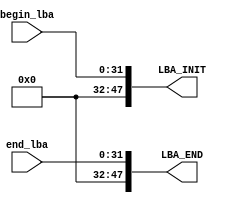
module LBA_SET(
	input   [31:0]	begin_lba,
	input   [31:0]	end_lba,
	output 	[47:0]	LBA_INIT,
	output 	[47:0]	LBA_END
	);
assign 	LBA_INIT = {16'd0,begin_lba};
assign 	LBA_END = {16'd0,end_lba};
endmodule